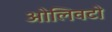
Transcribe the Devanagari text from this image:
ओलिवटो